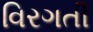
વિરગતી